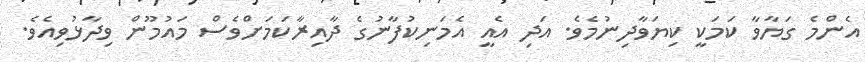
އެންމެ ގަޔާވާ ކަމަކީ ކިޔަވާދިނުމެވެ. އަދި އެއީ އެމަނިކުފާނުގެ ދާއިރާކަމަށްވެސް މައުމޫން ވިދާޅުވިއެވެ.